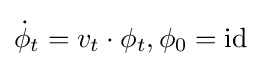
{\dot {\phi }}_{t}=v_{t}\cdot \phi _{t},\phi _{0}=\operatorname {id}